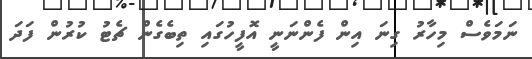
ނަމަވެސް މިހާރު ގިނަ އިން ފެންނަނީ އޮފީހުގައި ތިބެގެން ޗެޓު ކުރުން ފަދަ